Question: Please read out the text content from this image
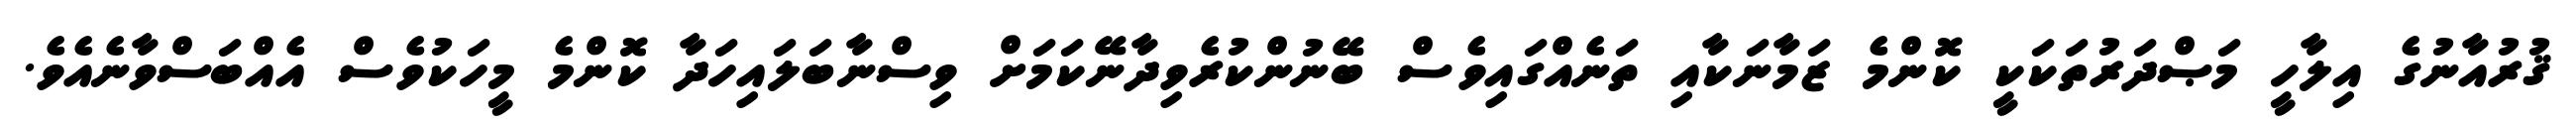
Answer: ޤުރުއާނުގެ އިލާހީ މަޞްދަރުތަކަކީ ކޮންމެ ޒަމާނަކާއި ތަނެއްގައިވެސް ބޭނުންކުރެވިދާނޭކަމަށް ވިސްނާބަލައިހަދާ ކޮންމެ މީހަކުވެސް އެއްބަސްވާނެއެވެ.